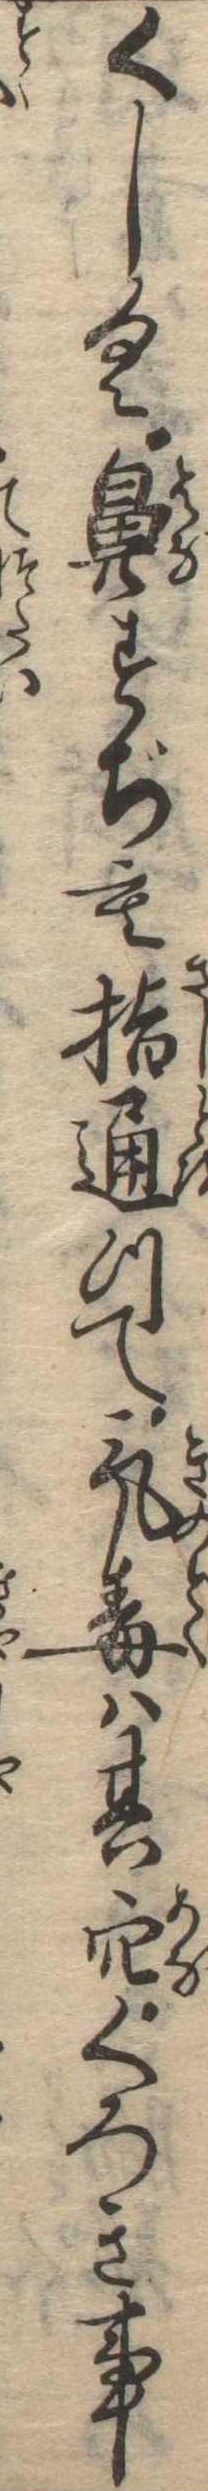
くしく鼻すぢも指通つて気毒は其穴くろき事